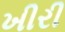
ખીરી